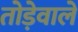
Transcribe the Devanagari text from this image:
तोड़ेवाले